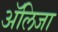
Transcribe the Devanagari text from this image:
अॅलिजा